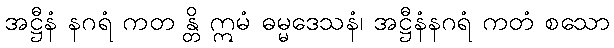
အဋ္ဌီနံ နဂရံ ကတ န္တိ ဣမံ ဓမ္မဒေသနံ၊ အဋ္ဌီနံနဂရံ ကတံ စသော